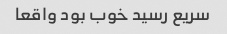
سریع رسید خوب بود واقعا